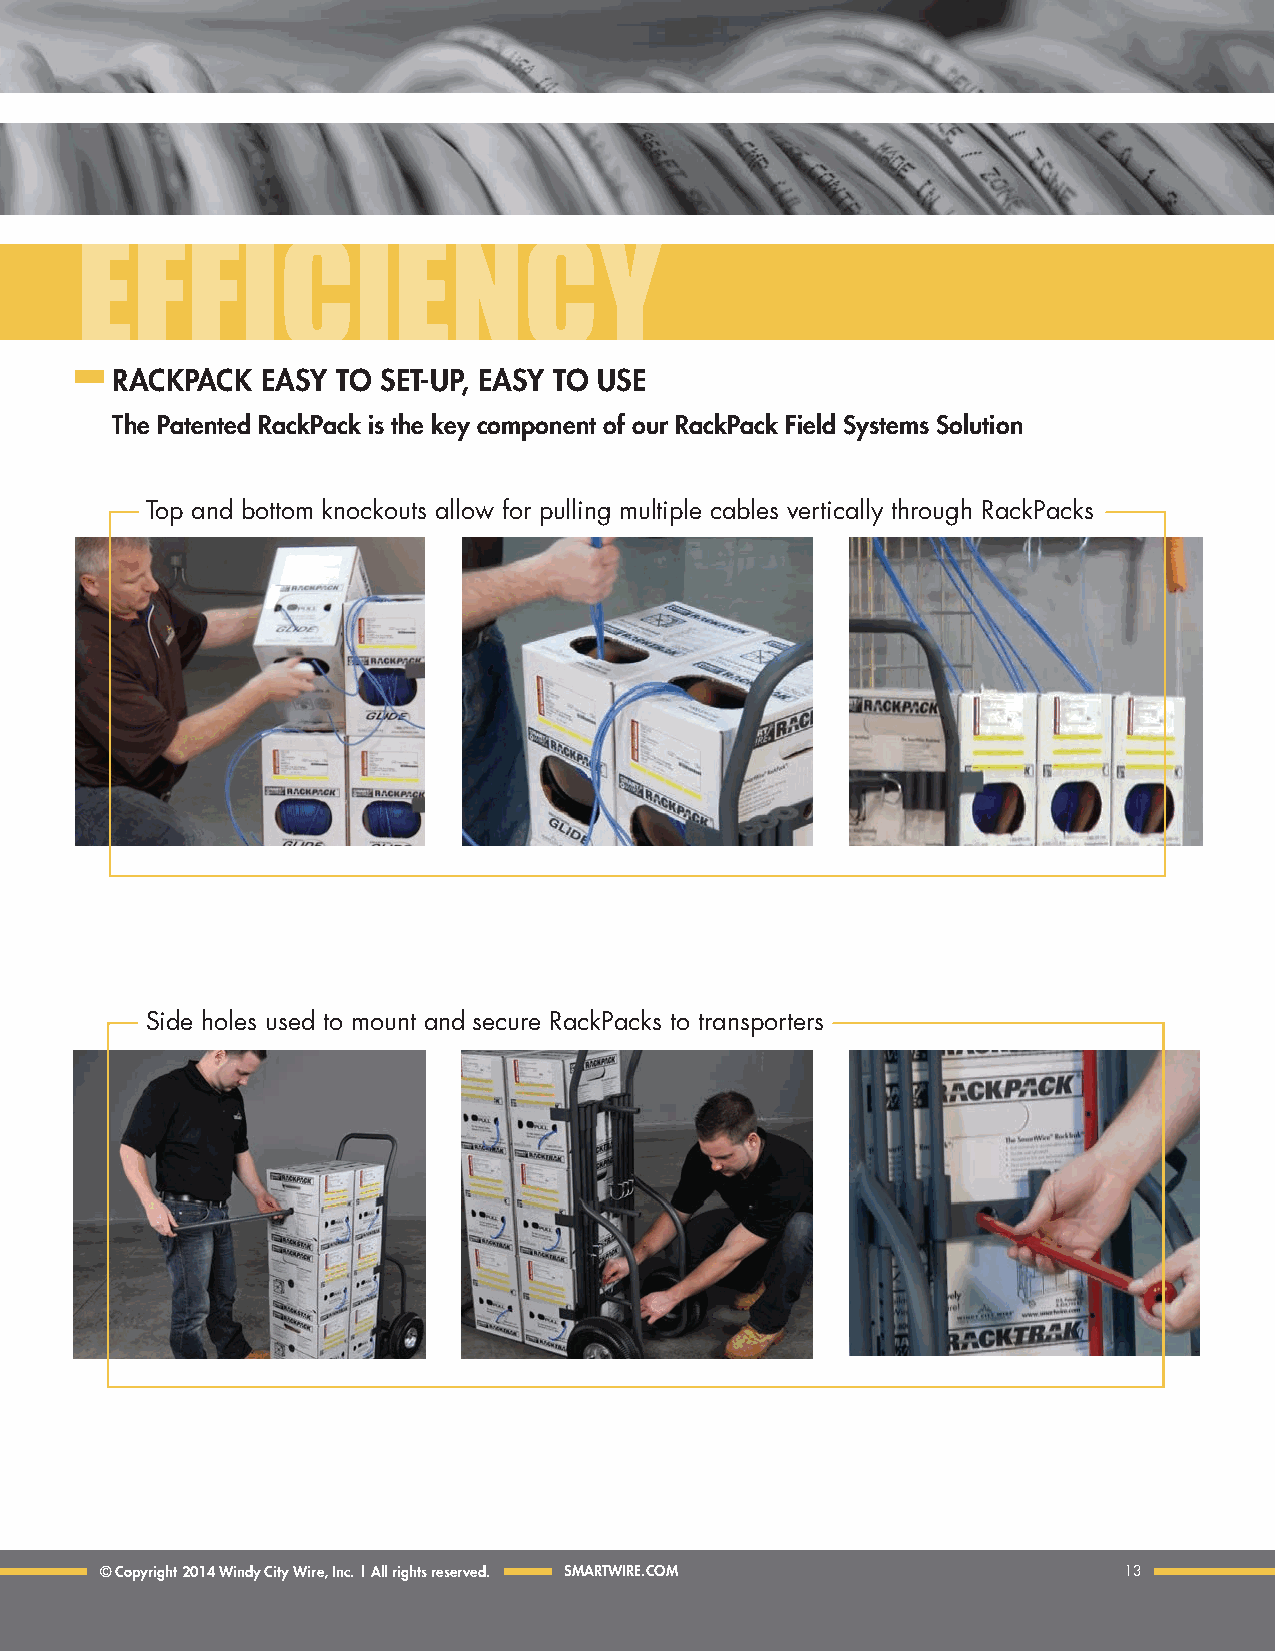
EfficiEncy
 RACKPACK  EASY tO SEt-UP, EASY tO USE
 the Patented RackPack is the key component of our RackPack field Systems Solution
 Top and bottom knockouts allow for pulling multiple cables vertically through RackPacks
 Side holes used to mount and secure RackPacks to transporters
 © Copyright 2014 Windy City Wire, Inc. | All rights reserved. SMARtWIRE.COM 13